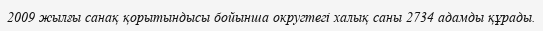
2009 жылғы санақ қорытындысы бойынша округтегі халық саны 2734 адамды құрады.